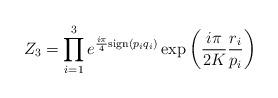
LaTeX: \begin{align*}Z_{3}=\prod_{i=1}^{3}e^{\frac{i\pi}{4}{\rm sign}(p_{i}q_{i})}\exp\left(\frac{i\pi}{2K}\frac{r_{i}}{p_{i}}\right)\end{align*}